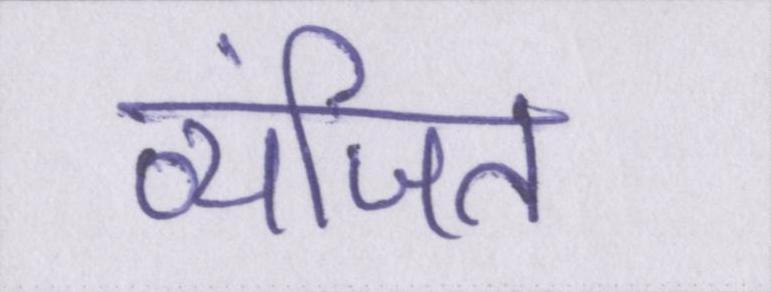
व्यंजित